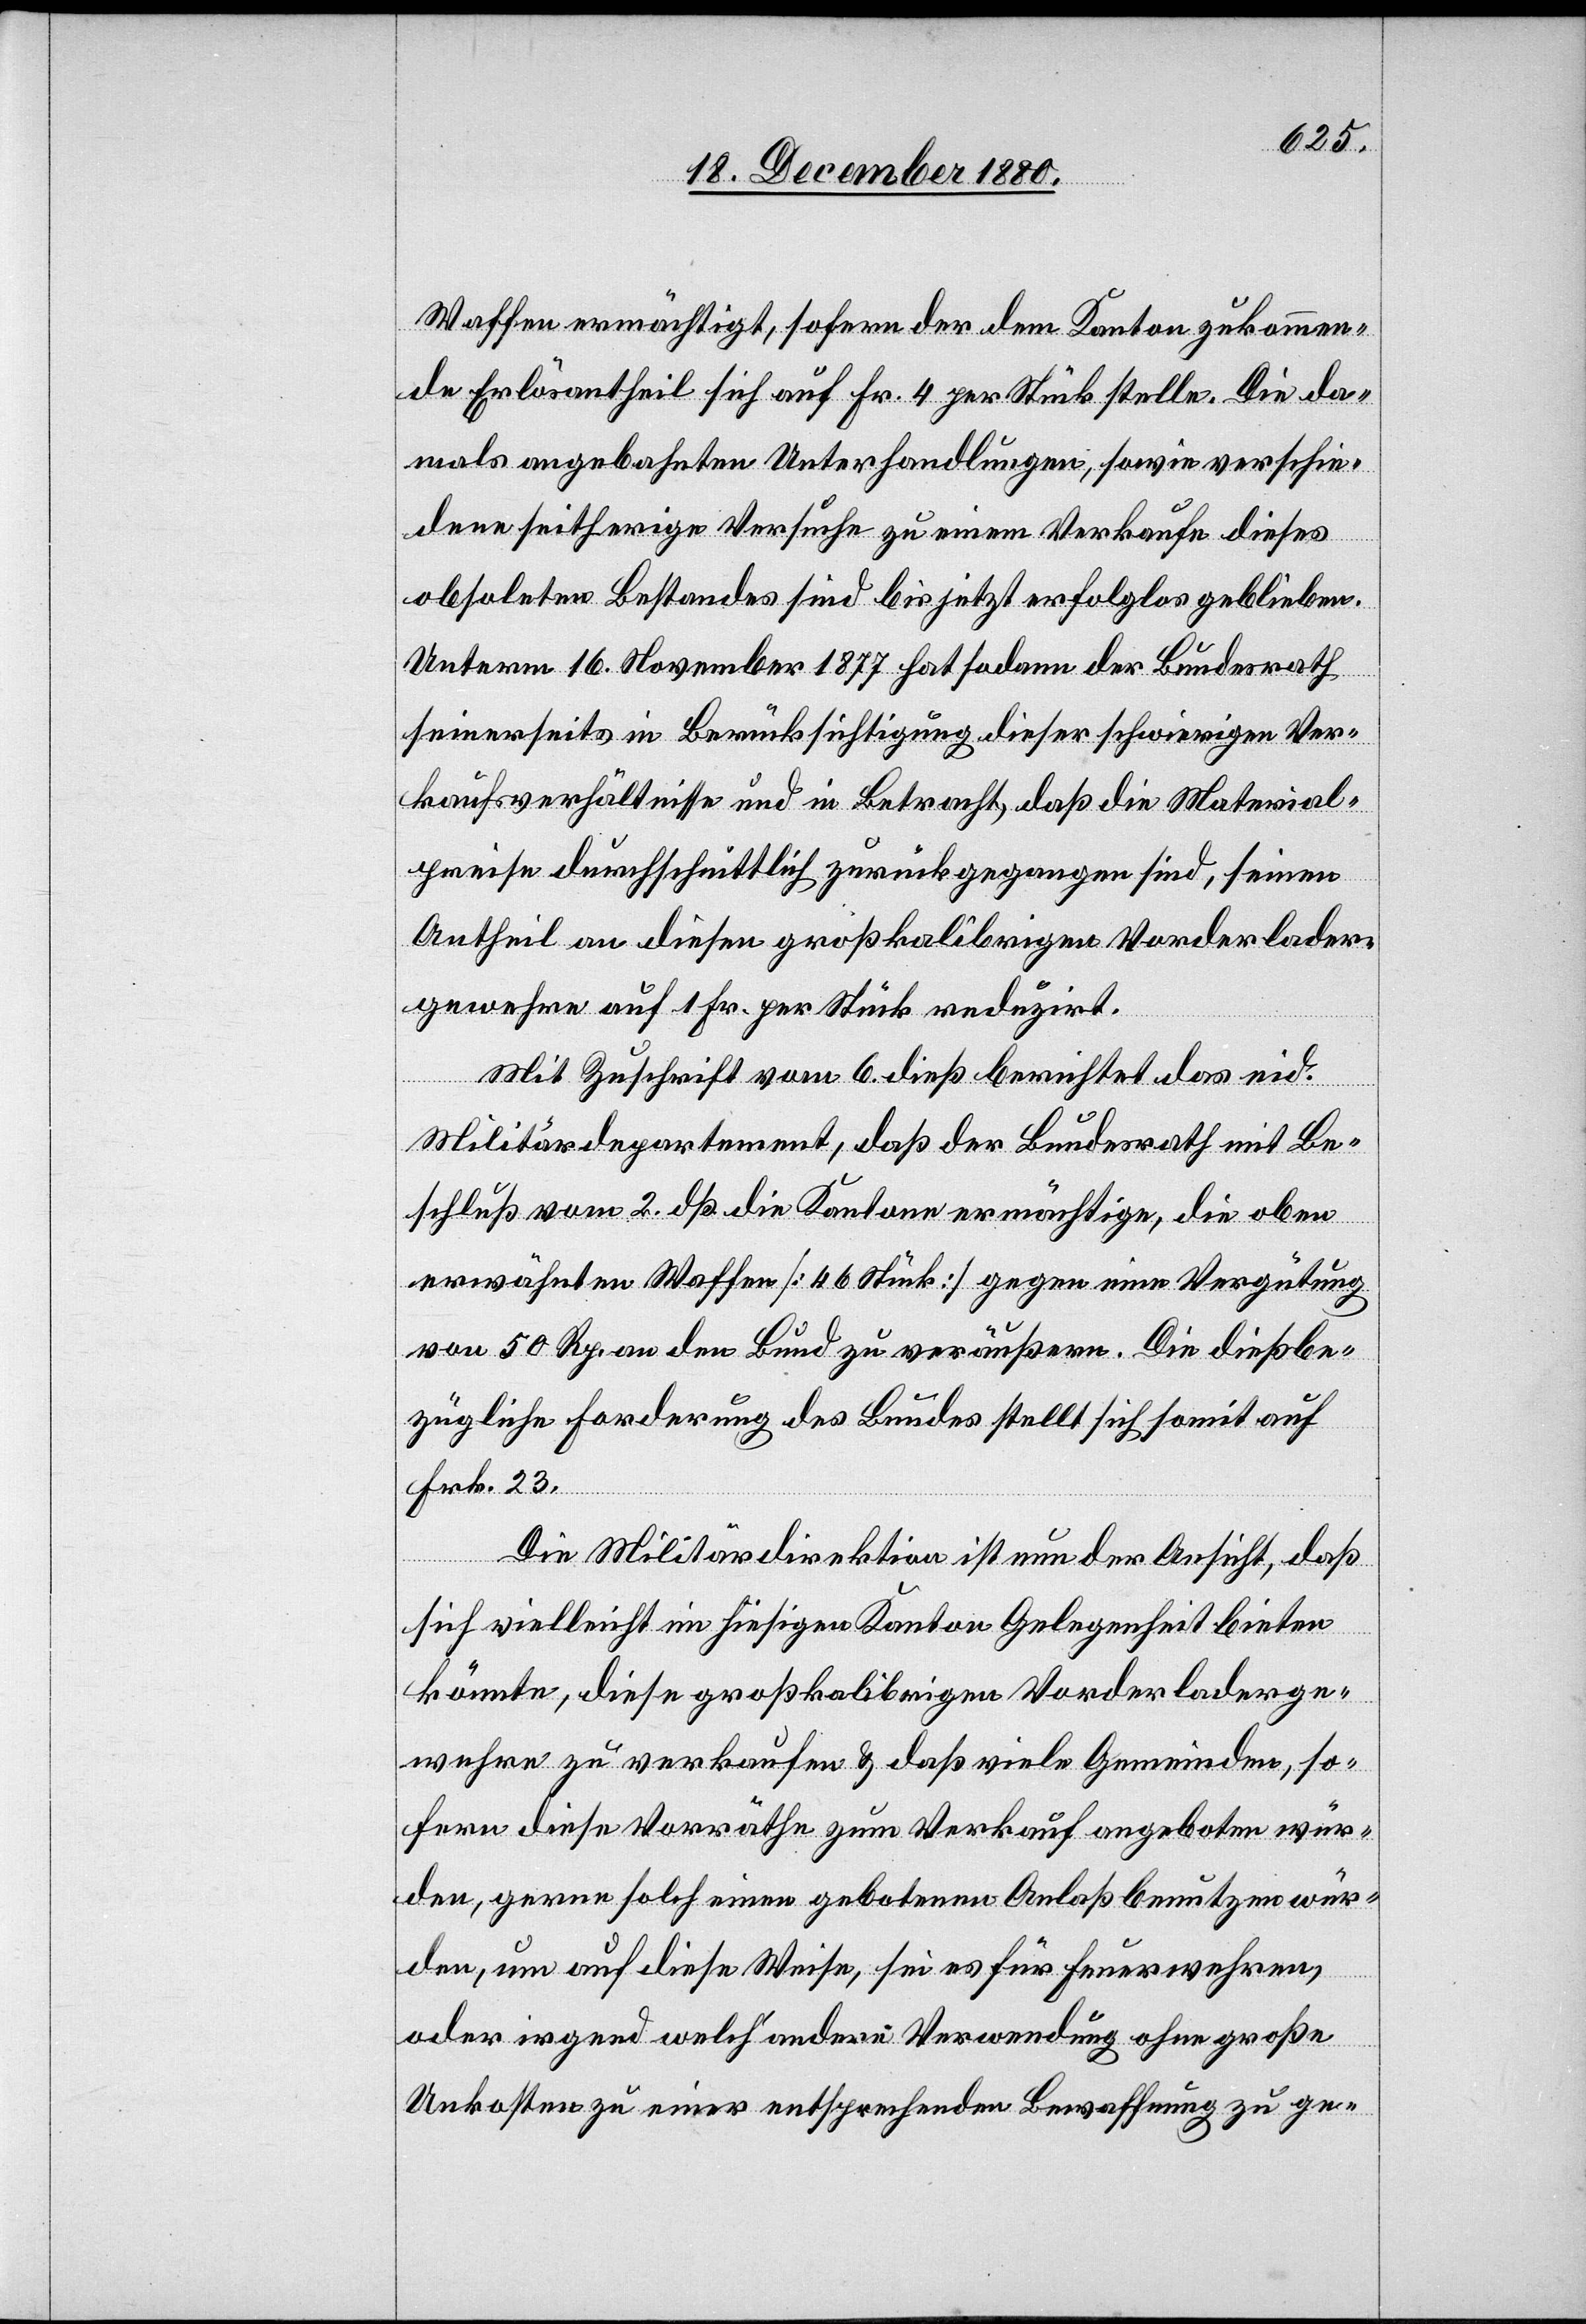
Waffen ermächtigt, sofern der dem Kanton zukommen¬
de Erlösantheil sich auf Fr. 4 per Stück stelle. Die da¬
mals angebahnten Unterhandlungen, sowie verschie¬
dene seitherige Versuche zu einem Verkaufe dieses
obsoleten Bestandes sind bis jetzt erfolglos geblieben.
Unterm 16. November 1877 hat sodann der Bundesrath
seinerseits in Berücksichtigung dieser schwierigen Ver¬
kaufsverhältnisse und in Betracht, daß die Material¬
preise durchschnittlich zurückgegangen sind, seinen
Antheil an diesen großkalibrigen Vorderlader¬
gewehre auf 1 Fr. per Stück reduzirt.
Mit Zuschrift vom 6. dieß berichtet das eid.
Militärdepartement, daß der Bundesrath mit Be¬
schluß vom 2. dß. die Kantone ermächtigte, die oben
erwähnten Waffen [46 Stück] gegen eine Vergütung
von 50 Rp. an den Bund zu veräußern. Die dießbe¬
zügliche Forderung des Bundes stellt sich somit auf
Frk. 23.
Die Militärdirektion ist nun der Ansicht, daß
sich vielleicht im hiesigen Kanton Gelegenheit bieten
könnte, diese großkalibrigen Vorderladerge¬
wehre zu verkaufen & daß viele Gemeinden, so¬
fern diese Vorräthe zum Verkauf angeboten wür¬
den, gerne solch einen gebotenen Anlaß benutzen wür¬
den, um auf diese Weise, sei es für Feuerwehren,
oder irgend welch‘ andere Verwendung ohne große
Unkosten zu einer entsprechenden Bewaffnung zu ge-